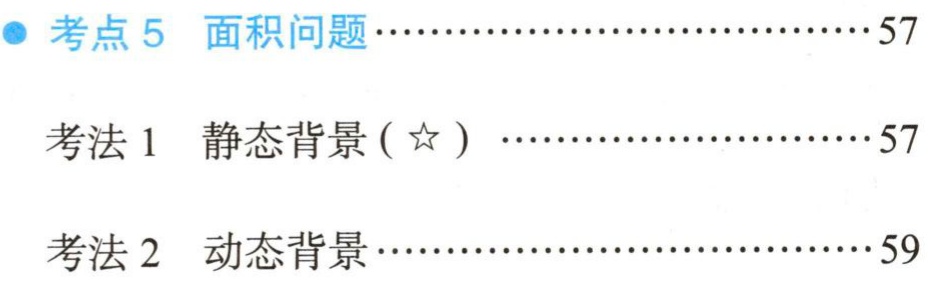
- 考点5 面积问题…………………………57

考法1 静态背景(☆) …………………………57

考法2 动态背景…………………………59